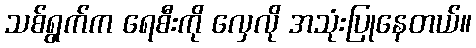
သစ်ရွက်က ရေစီးကို လှေလို အသုံးပြုနေတယ်။